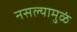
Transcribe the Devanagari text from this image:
नसल्यामुळं